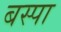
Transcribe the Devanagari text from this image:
बस्‍पा